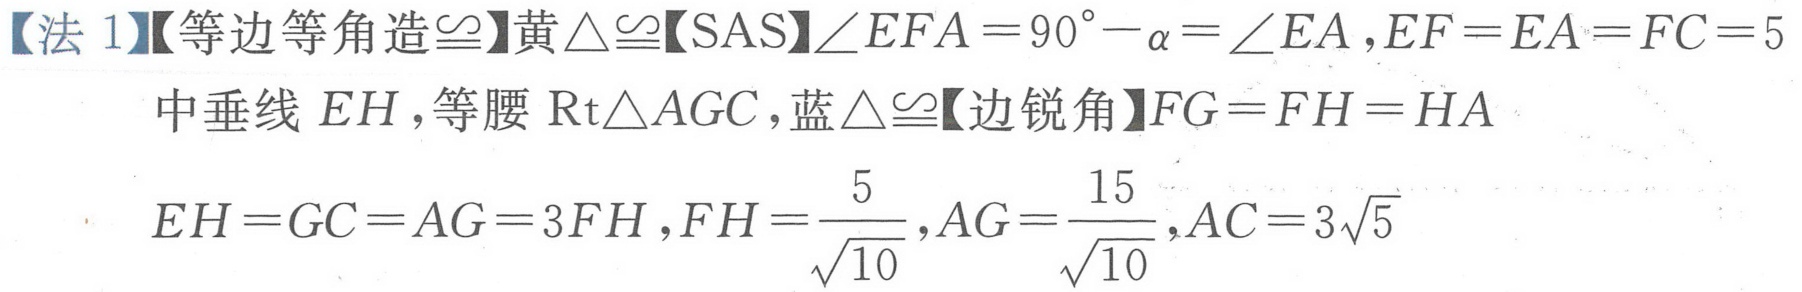
【法 1】【等边等角造$\cong$】黄$\triangle\cong$【SAS】$\angle EFA = 90^{\circ}-\alpha=\angle EA,EF = EA = FC = 5$
中垂线 $EH$，等腰 $\mathrm{Rt}\triangle AGC$，蓝$\triangle\cong$【边锐角】$FG = FH = HA$
$EH = GC = AG = 3FH,FH=\frac{5}{\sqrt{10}},AG=\frac{15}{\sqrt{10}},AC = 3\sqrt{5}$